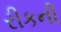
રીકની